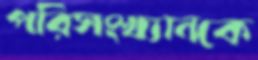
পরিসংখ্যানকে